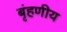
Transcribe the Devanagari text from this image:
बृंहणीय